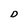
Character: D